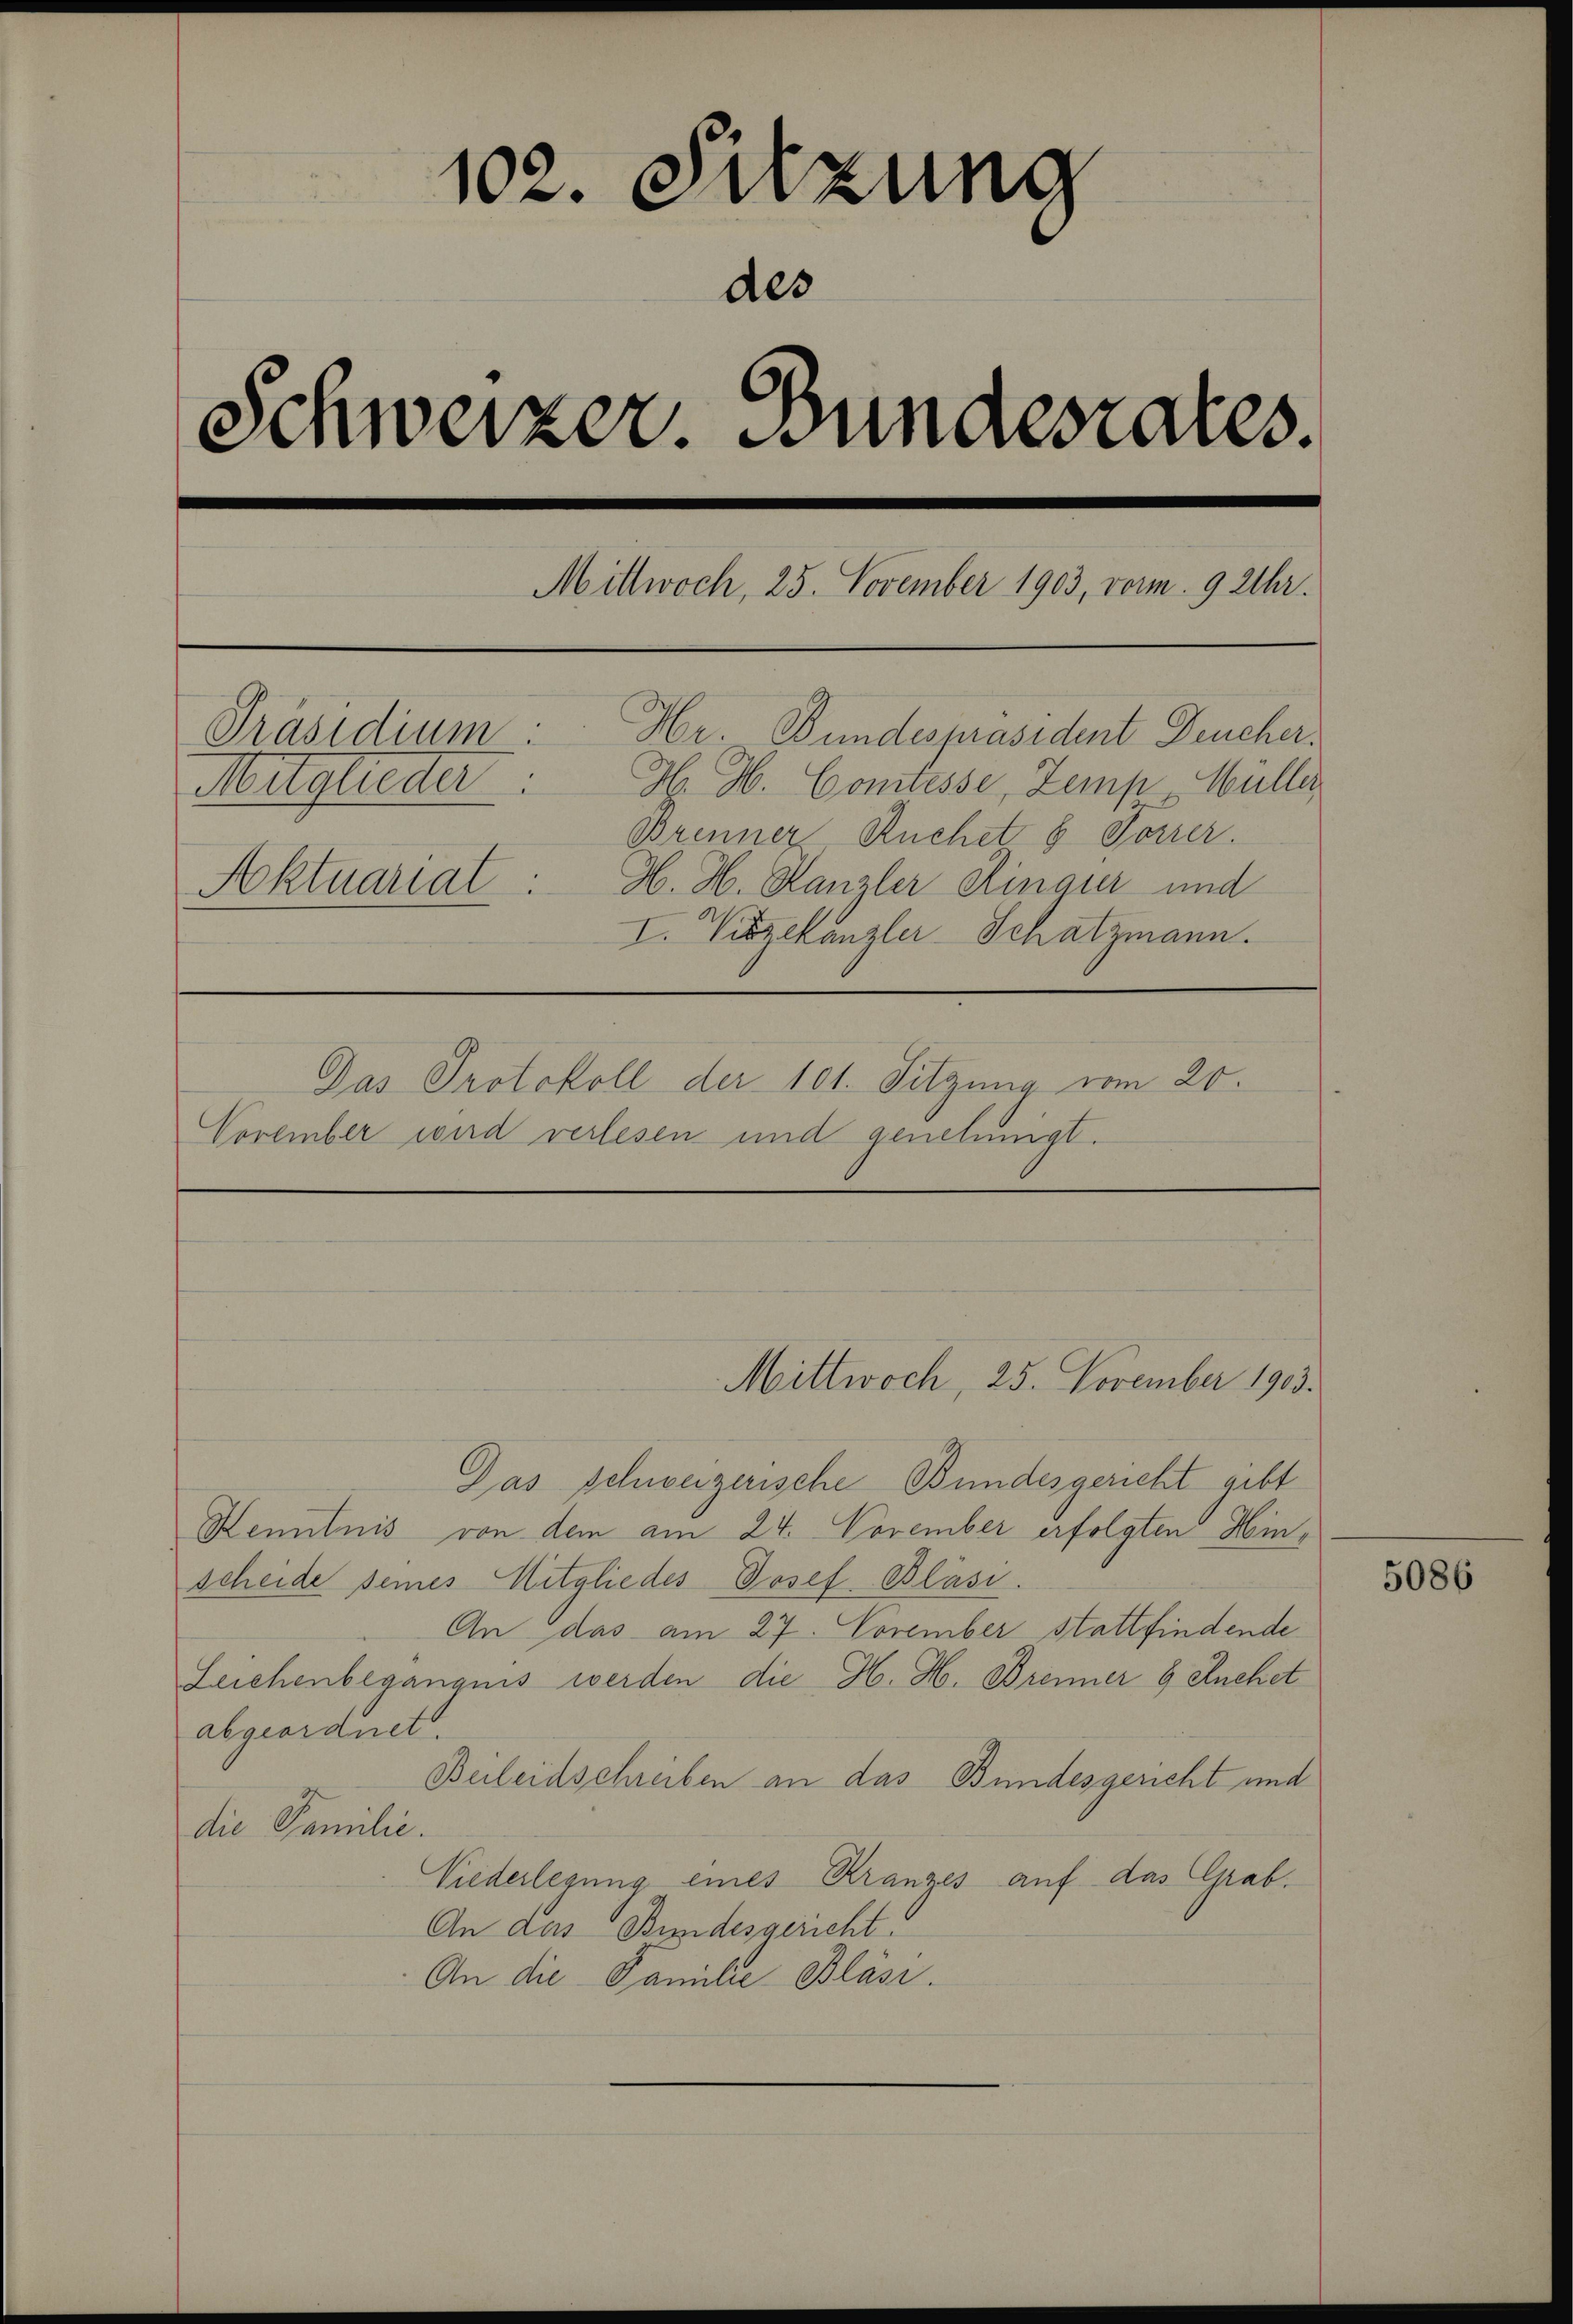
102. Sitzung
des
Schweizer. Bundesrates.
Mittwoch, 25. November 1903, vorm. 9 Uhr.
Präsidium
Hr Bundespräsident Deucher.
H. H. Comtesse, Zemp Müller
Mitglieder
Brenner Ruchet 8 Torrer.
Aktuariat H. H. Kanzler Sinair und
I. Vizekanzler-Schatzmann.
Das Protokoll der 101. Sitzung vom 20.
November wird verlesen und genehmigt.

Das schweizerische Bundesgericht gibt
Henntnis von dem am 24. November erfolgten Hinscheide seines Mitgliedes Josef Blasi.
An das am 27. November stattfindende
Leichenbegangnis werden die H. H. Brenner 8 Kuchet
abgeordnet.
Beleidschreiben an das Bundesgericht und
die Familie.
Niederlegung eines Kranzes auf das Grab.
An das Bundesgericht
An die Familie Bläsi.

Mittwoch, 25. November 1903.

5086